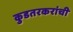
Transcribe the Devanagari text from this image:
कुडतरकरांची